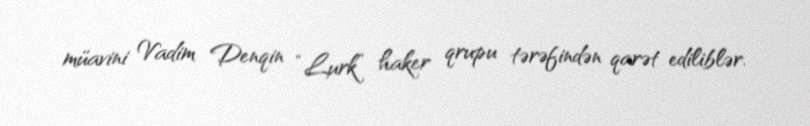
müavini Vadim Denqin “Lurk” haker qrupu tərəfindən qarət ediliblər.